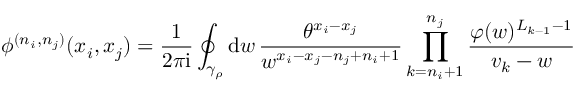
\phi ^ { ( n _ { i } , n _ { j } ) } ( x _ { i } , x _ { j } ) = \frac { 1 } { 2 \pi \mathrm { i } } \oint _ { \gamma _ { \rho } } \mathrm { d } w \, \frac { \theta ^ { x _ { i } - x _ { j } } } { w ^ { x _ { i } - x _ { j } - n _ { j } + n _ { i } + 1 } } \prod _ { k = n _ { i } + 1 } ^ { n _ { j } } \frac { \varphi ( w ) ^ { L _ { k - 1 } - 1 } } { v _ { k } - w }